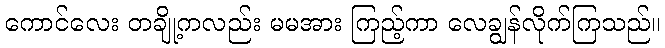
ကောင်လေး တချို့ကလည်း မမအား ကြည့်ကာ လေချွန်လိုက်ကြသည်။